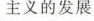
主义的发展